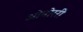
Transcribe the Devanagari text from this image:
ओनोररी